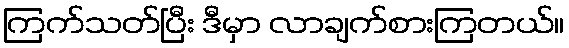
ကြက်သတ်ပြီး ဒီမှာ လာချက်စားကြတယ်။